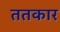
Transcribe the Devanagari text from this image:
ततकार